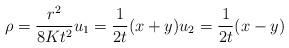
LaTeX: \begin{align*}\rho=\frac{r^{2}}{8Kt^{2}}u_{1}=\frac{1}{2t}(x+y)u_{2}=\frac{1}{2t}(x-y)\end{align*}